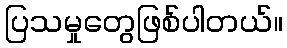
ပြသမှုတွေဖြစ်ပါတယ်။